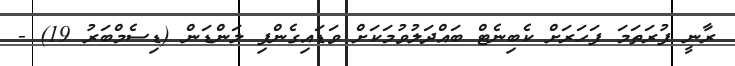
ރާނީ ފުރަތަމަ ފަހަރަށް ކެބިނެޓް ބައްދަލުވުމަކަށް ވަޑައިގެންފި ލަންޑަން (ޑިސެމްބަރު 19) -